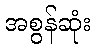
အစွန်ဆုံး